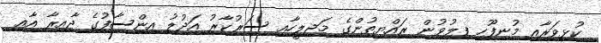
ކުޅިވަރާއި މުނިފޫހި ފިލުވުން ރައްޔިތުންގެ މަޖިލީހާއި ސަރުކާރު އަދުލު އިންސާފުގެ ދާއިރާ އާއި